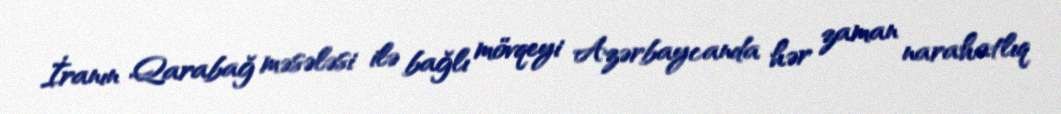
İranın Qarabağ məsələsi ilə bağlı mövqeyi Azərbaycanda hər zaman narahatlıq